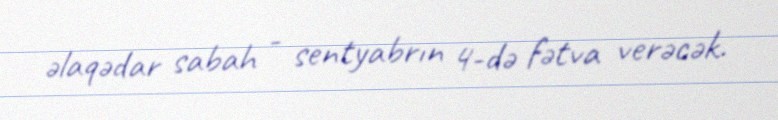
əlaqədar sabah - sentyabrın 4-də fətva verəcək.